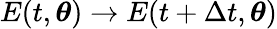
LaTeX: E(t,{\boldsymbol{\theta}})\to E(t+\Delta t,{\boldsymbol{\theta}})